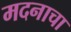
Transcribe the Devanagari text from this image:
मदनाचा